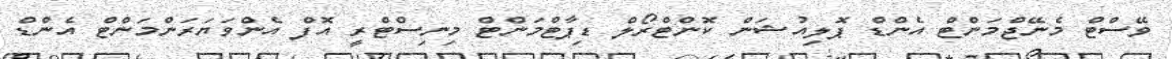
ވޭސްޓް މެނޭޖްމަންޓް އެންޑް ޕޮލިއުޝަން ކޮންޓްރޯލް ޑިޕާޓްމަންޓް މިނިސްޓްރީ އޮފް އެންވަޔަރަންމަންޓް އެންޑް